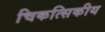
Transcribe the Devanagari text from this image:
चिकत्सिकीय